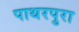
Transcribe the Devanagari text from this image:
पाथरपुरा